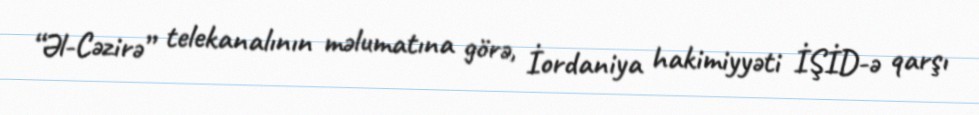
“Əl-Cəzirə” telekanalının məlumatına görə, İordaniya hakimiyyəti İŞİD-ə qarşı